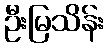
ဦးမြသိန်း